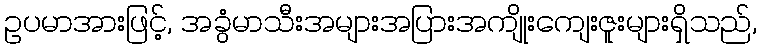
ဥပမာအားဖြင့်, အခွံမာသီးအများအပြားအကျိုးကျေးဇူးများရှိသည်,